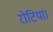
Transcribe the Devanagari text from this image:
रोटियां।